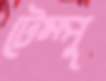
টেম্পু